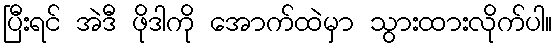
ပြီးရင် အဲဒီ ဖိုဒါကို အောက်ထဲမှာ သွားထားလိုက်ပါ။